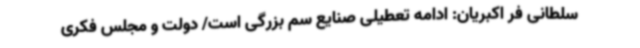
سلطانی فر اکبریان: ادامه تعطیلی صنایع سم بزرگی است/ دولت و مجلس فکری